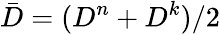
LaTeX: \bar{D}=(D^{n}+D^{k})/2